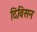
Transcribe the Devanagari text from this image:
दिविसन